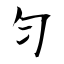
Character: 勻